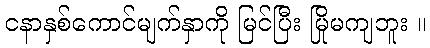
ငနာနှစ်ကောင်မျက်နှာကို မြင်ပြီး မြိုမကျဘူး ။